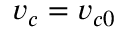
v _ { c } = v _ { c 0 }